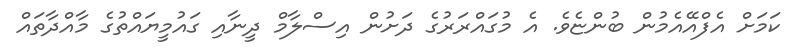
ކަމަށް އެފްއޭއެމުން ބުންޏެވެ. އެ މުގައްރަރުގެ ދަށުން އިސްލާމް ދީނާއި ގައުމީޔައްތުގެ މާއްދާތައް